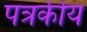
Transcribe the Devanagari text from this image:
पत्रकीय